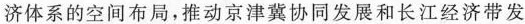
济体系的空间布局，推动京津冀协同发展和长江经济带发